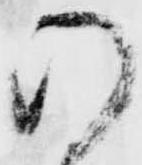
の